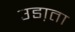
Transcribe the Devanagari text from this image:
उडा़ता